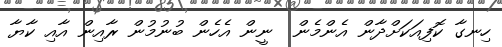
ހިނގާ ކޮފިއަކަށްދާން އެންމެން  ނީން އެހެން ބުނުމުން ރާއިން އާއި ކާޔާ